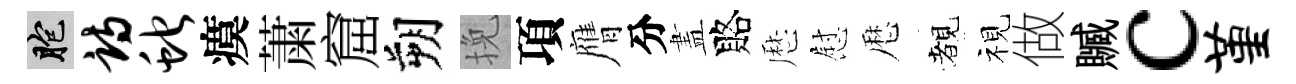
胞诗蛇瘼䔥窟朔挽項膺分𥁞賂厯慰厯覩视做贓c堇